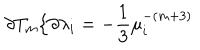
LaTeX: \partial T _ { m } / \partial \lambda _ { i } = - \frac { 1 } { 3 } \mu _ { i } ^ { - ( m + 3 ) }